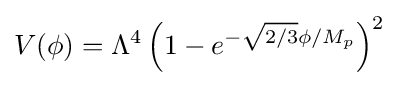
V(\phi )=\Lambda ^{4}\left(1-e^{-{\sqrt {2/3}}\phi /M_{p}}\right)^{2}